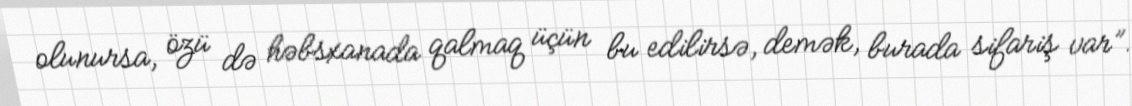
olunursa, özü də həbsxanada qalmaq üçün bu edilirsə, demək, burada sifariş var”.